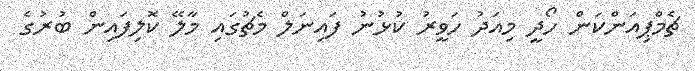
ޗެމްޕިއަންކަން ހޯދީ މިއަދު ހަވީރު ކުޅުނު ފައިނަލް މެޗުގައި މާލޭ ކޮލިފައިން ބުރުގެ